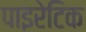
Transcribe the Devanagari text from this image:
पाइरेटिक